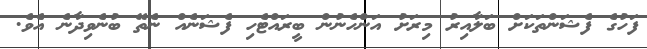
ފަހުގެ ފެޝަންތަކަށް ބަލާއިރު މިރަށު އަންހެނުން ބީރައްޓެހި ފެޝަނެއް ނެތޭ ބުނެވިދާނެ އެވެ.